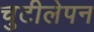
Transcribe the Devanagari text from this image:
चुटीलेपन